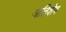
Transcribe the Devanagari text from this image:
अतिशेष